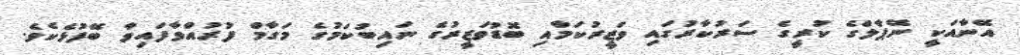
އޭނާއަކީ ނޭޕާލްގެ ކުރީގެ ސަރުކާރުގައި ވަޒީރުކަމާއި ބޮޑުވަޒީރުގެ ނައިބުކަމުގެ މަގާމް ފުރުއްވާފައިވާ ބޭފުޅެކެވެ.